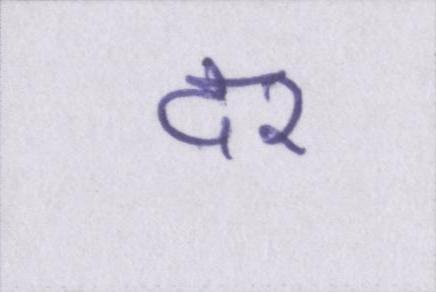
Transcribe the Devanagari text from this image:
दर